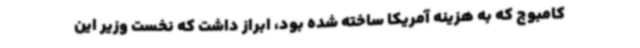
کامبوج که به هزینه آمریکا ساخته شده بود، ابراز داشت که نخست وزیر این